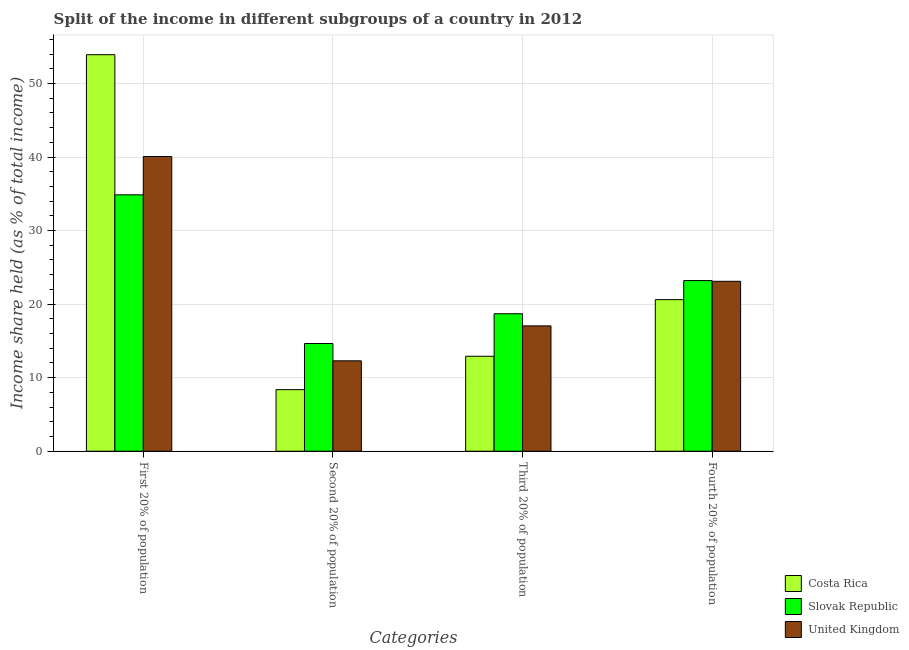
| Categories | Costa Rica | Slovak Republic | United Kingdom |
 | --- | --- | --- | --- |
 | First 20% of population | 53.9 | 34.9 | 40.1 |
 | Second 20% of population | 8.37 | 14.6 | 12.3 |
 | Third 20% of population | 12.9 | 18.7 | 17 |
 | Fourth 20% of population | 20.6 | 23.2 | 23.1 |